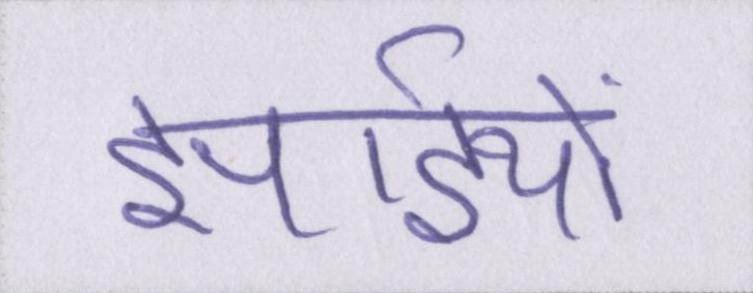
झाईयों